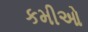
કમીઓ